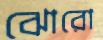
ঝোরো